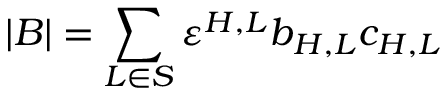
| B | = \sum _ { L \in S } \varepsilon ^ { H , L } b _ { H , L } c _ { H , L }